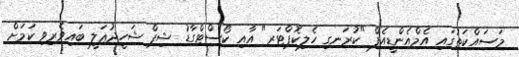
މަސައްކަތުގައި އެމްއެންޑީއެފް "ކުރަނގި ހެލިކޮޕްޓަރ" އާއި ކޯސްޓްގާޑު ޝިޕް ޝަހީދުޢަލީ ބައިވެރިވި ކަމަށް